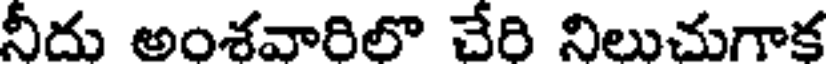
నీదు అంశవారిలొ చేరి నిలుచుగాక